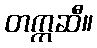
တက္ကဆီ။